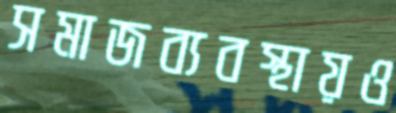
সমাজব্যবস্থায়ও